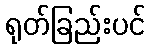
ရုတ်ခြည်းပင်